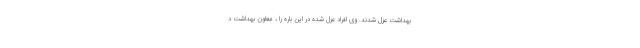
بهداشت عزل شدند. وی افراد عزل شده در این باره را ، معاون بهداشت د